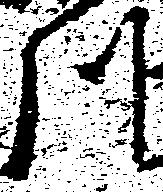
川